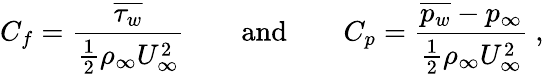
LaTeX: C_{f}=\frac{\overline{{\tau_{w}}}}{\frac{1}{2}\rho_{\infty}U_{\infty}^{2}}\qquad\textrm{and}\qquad C_{p}=\frac{\overline{{p_{w}}}-p_{\infty}}{\frac{1}{2}\rho_{\infty}U_{\infty}^{2}}~,